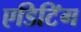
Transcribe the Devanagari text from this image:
एडिटिऺग